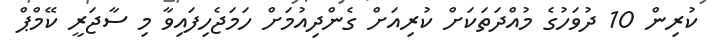
ކުރިން 10 ދުވަހުގެ މުއްދަތަކަށް ކުރިއަށް ގެންދިއުމަށް ހަމަޖެހިފައިވާ މި ސާޖަރީ ކޭމްޕް